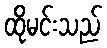
ထိုမင်းသည်